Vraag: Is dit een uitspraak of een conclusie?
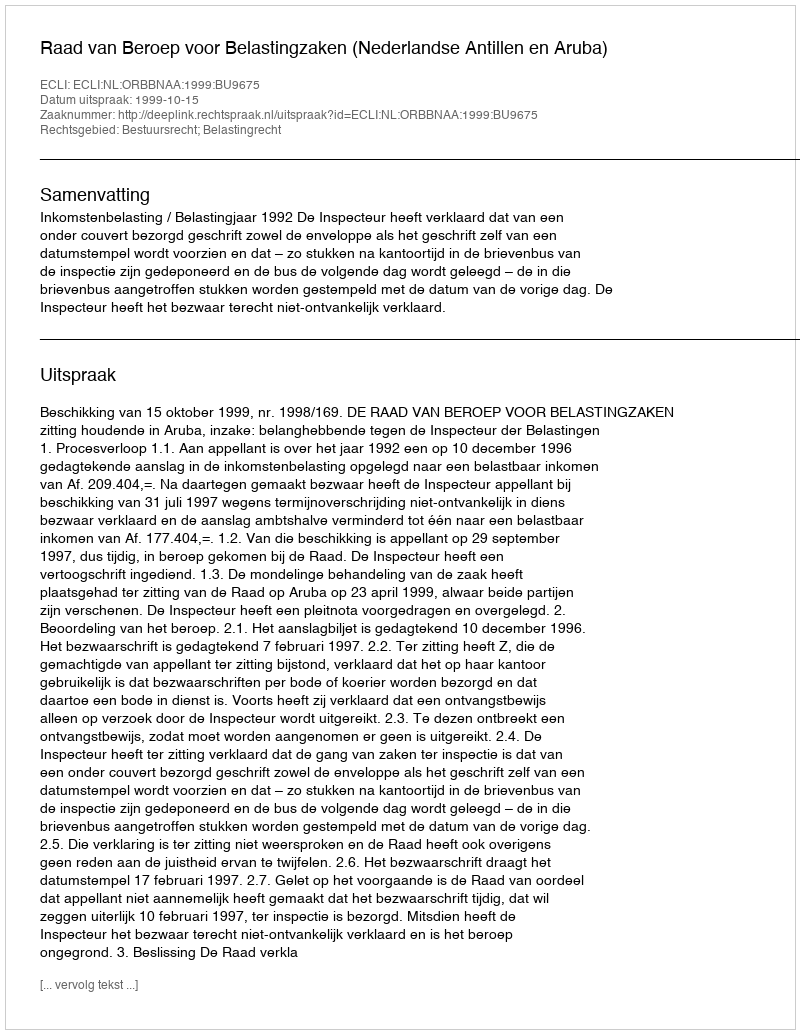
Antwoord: Uitspraak